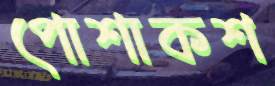
পোশাকশ